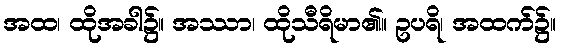
အထ၊ ထိုအခါ၌။ အဿာ၊ ထိုသီရိမာ၏။ ဥပရိ၊ အထက်၌။